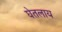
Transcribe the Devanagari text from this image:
घेतलाय